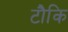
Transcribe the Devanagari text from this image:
टौकि